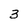
Character: 3